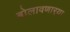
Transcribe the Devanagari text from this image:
बोलावणार्‍या